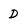
Character: D